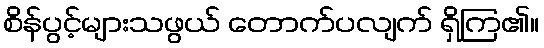
စိန်ပွင့်များသဖွယ် တောက်ပလျက် ရှိကြ၏။